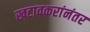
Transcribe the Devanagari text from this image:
खटावकरांनंतर